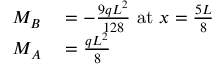
\begin{array} { r l } { M _ { B } } & { { } = - { \frac { 9 q L ^ { 2 } } { 1 2 8 } } { \mathrm { ~ a t ~ } } x = { \frac { 5 L } { 8 } } } \\ { M _ { A } } & { { } = { \frac { q L ^ { 2 } } { 8 } } } \end{array}